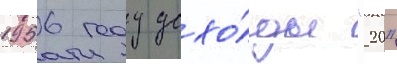
1956 году дохо́ды "20"